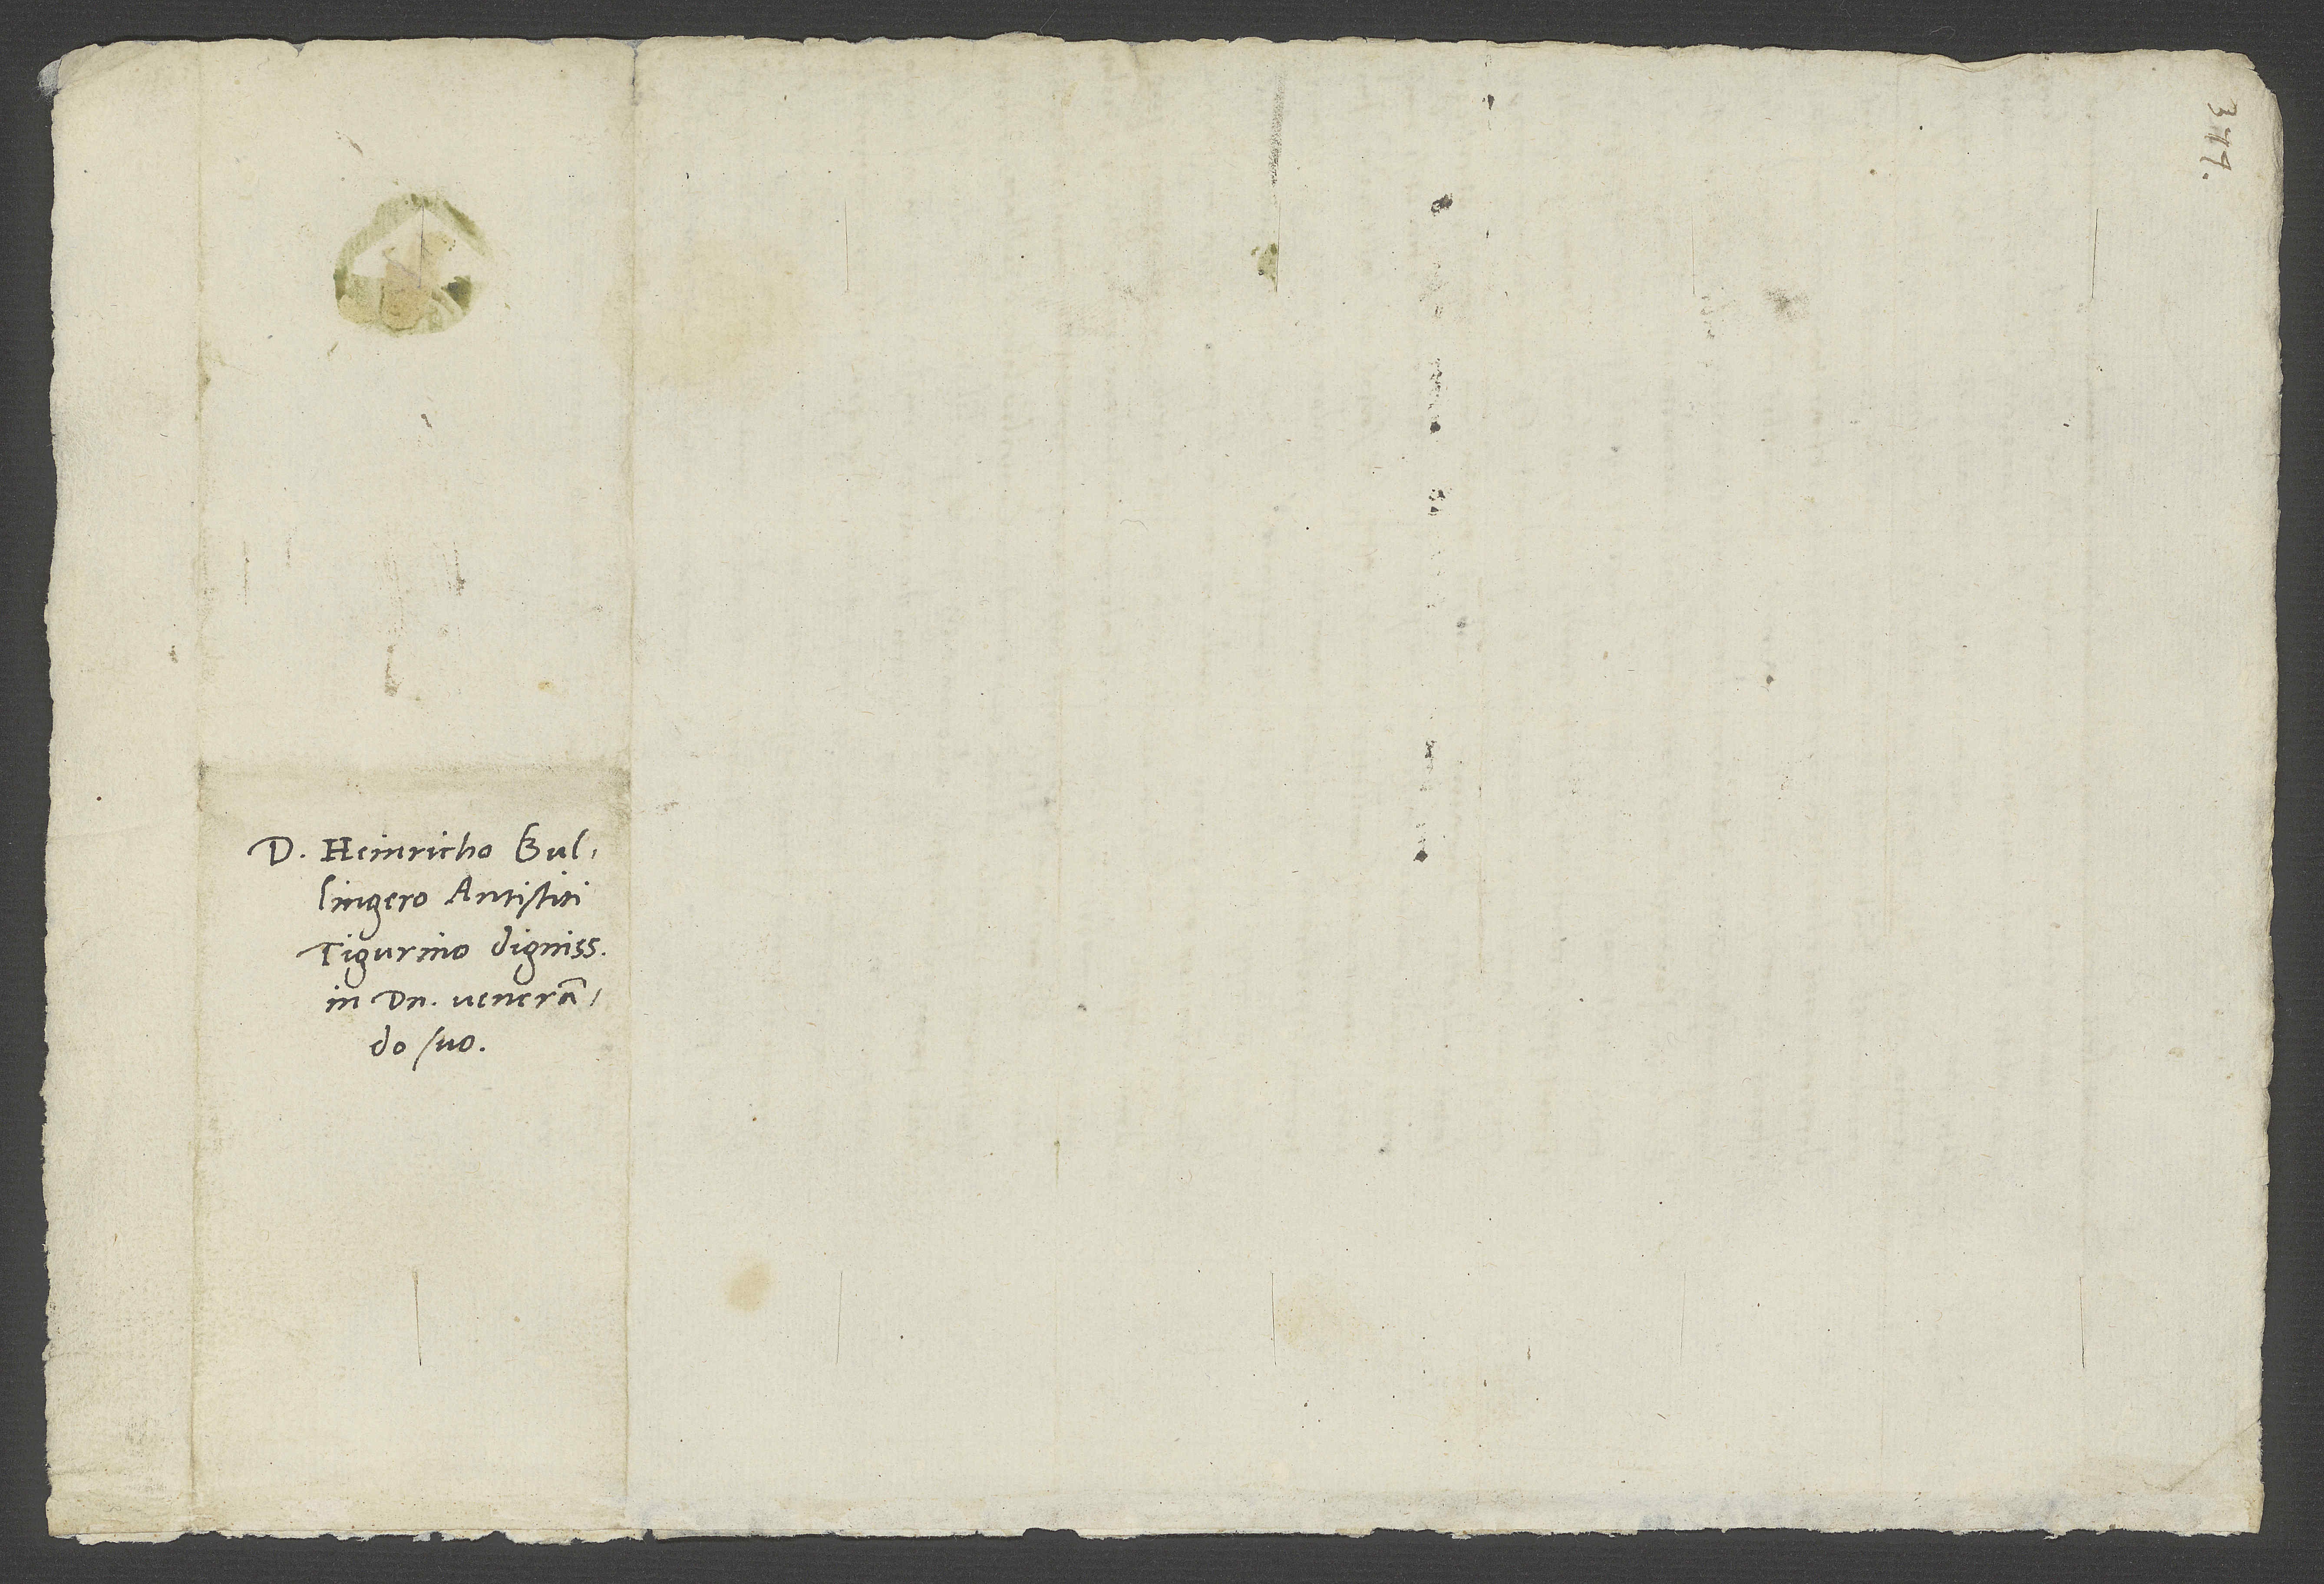
Domino Heinricho Bullingero,
Tigurino dignissimo,
in domino venerando
suo.